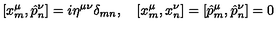
\left[ x _ { m } ^ { \mu } , \hat { p } _ { n } ^ { \nu } \right] = i \eta ^ { \mu \nu } \delta _ { m n } , \quad \left[ x _ { m } ^ { \mu } , x _ { n } ^ { \nu } \right] = \left[ \hat { p } _ { m } ^ { \mu } , \hat { p } _ { n } ^ { \nu } \right] = 0